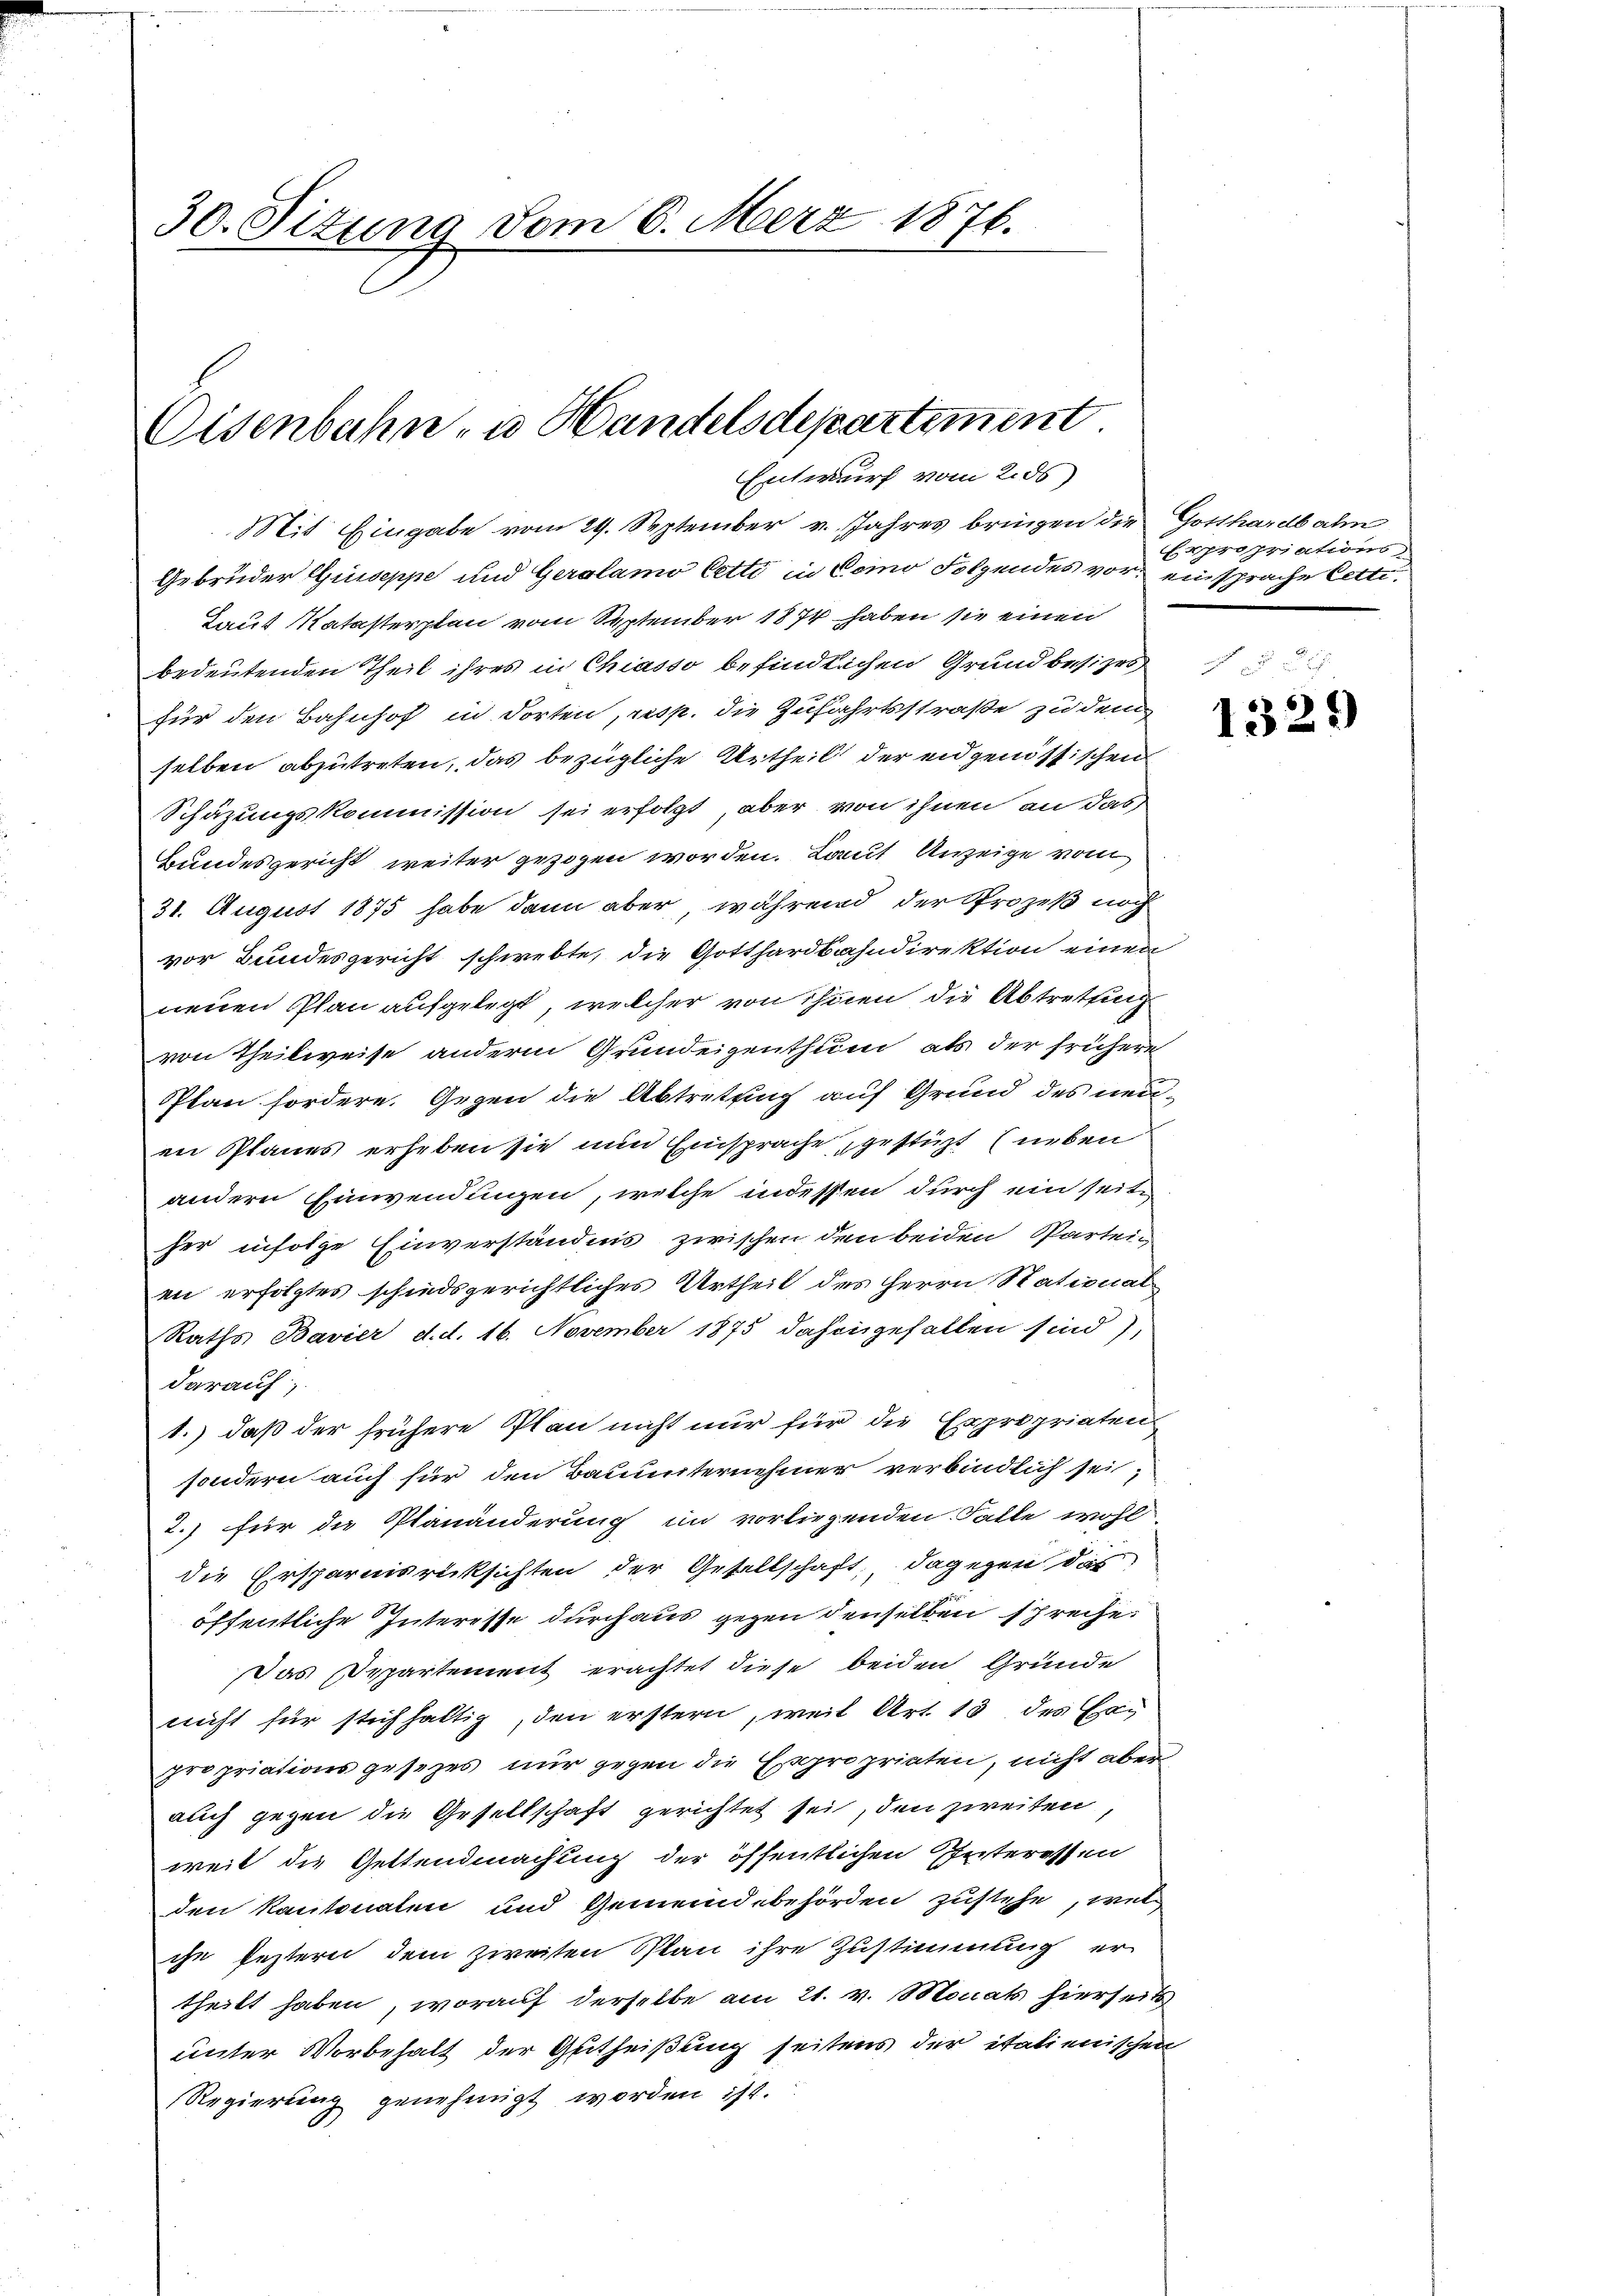
30. Situng vom 6. März 1876.

Eisenbahn- u. Handelsdepartement
Entwurf vom 28s)

Mit Eingabe vom 29. September v. Jahres bringen die Gotthardbahn
Gebrüder Guiseppe und Geralamo Eetti in Como Folgendes vor ein sprache Cett
Laut Katasterplan vom September 1874 haben sie einen
bedeutenden Theil ihres in Chiasso befindlichen Grundbesizes
für den Bahnhof in dorten, resp. die Zufahrtsstraße zu dem
selben abzutreten, das bezügliche Urtheil der eidgenössischen
Schäzungskommission sei erfolgt, aber von ihnen an das
Bundesgericht weiter gezogen worden. Laut Anzeige vom
31. August 1875 habe dann aber während der Prozeß noch
vor Bundesgericht schwebte, die Gotthardbahndirektion einen
neuen Plan aufgelegt, welcher von ihnen die Abtrettung
von Theilweise anderm Grundeigenthum als der frühere
Plan fordere. Gegen die Abtretung auf Grund des neu-
en Planes erheben sie nun Einsprache, gestüzt (neben
andern Einwendungen, welche indessen durch ein seite
her infolge Einverständnis zwischen den beiden Parteien erfolgtes schiedsgerichtliches Urtheil des Herrn Stational
Raths Bavier d. d. 16. November 1875 dahingefallen sind),
darauf;
1.) daß der frühere Plan nicht nur für die Expropriaten
sondern auch für den Bauunternehmer verbindlich sei,
2.) für die Planänderung im vorliegenden Falle wohl
die Ersparnisrücksichten der Gesellschaft, dagegen das
öffentliche Interesse durch aus gegen denselben spreche
Das Departement erachtet diese beiden Gründe
nicht für stichhaltig, den erstern, weil Art. 13 des Hag
propriations gesetzes nur gegen die Expropriaten, nicht aber
auch gegen die Gesellschaft gerichtet sei, den zweiten,
weil die Geltendmachung der öffentlichen Interathen
den kantonalen und Gemeindebehörden zustehe, wel
ihn festern dem zweiten Plan ihre Zustimmung er
theilt haben, worauf derselbe am 21. v. Monat hierseits
unter Vorbehalt der Gutheißung seitens der italienischen
Regierung genehmigt worden ist.

Expropriations

2
1321)